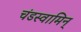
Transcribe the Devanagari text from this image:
चंडस्वामिन्